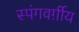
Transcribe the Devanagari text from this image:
स्पंगवर्ग़ीय